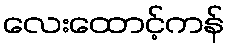
လေးထောင့်ကန်